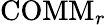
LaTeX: \mathrm{COMM}_{r}